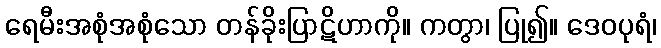
ရေမီးအစုံအစုံသော တန်ခိုးပြာဋိဟာကို။ ကတွာ၊ ပြု၍။ ဒေဝပုရံ၊